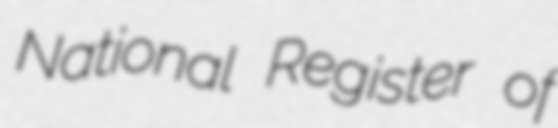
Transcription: National Register of